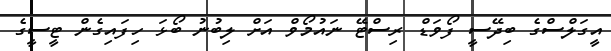
އީގަލްސްގެ ބިދޭސީ ފޯވަޑް ރިސްޓޭ ނައުމޯވް އަށް ލިބުނު ބޯޅަ ހިފައިގެން ޓީސީގެ